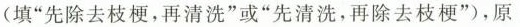
(填“先除去枝梗，再清洗”或”先清洗，再除去枝梗”)，原